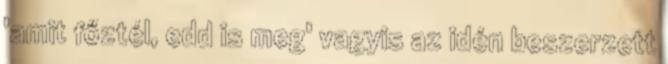
'amit főztél, edd is meg' vagyis az idén beszerzett